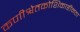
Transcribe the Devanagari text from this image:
कणीश्वेतकोशिकाहीनता